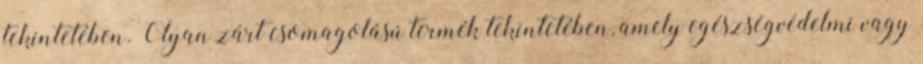
tekintetében. Olyan zárt csomagolású termék tekintetében, amely egészségvédelmi vagy